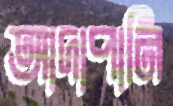
আদাপানি